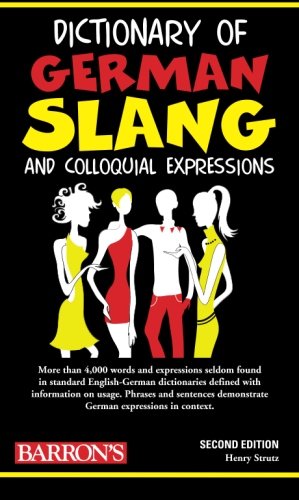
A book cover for Dictionary of German Slang and Colloquial Expressions; Henry Strutz; Reference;